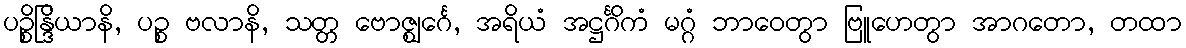
ပဉ္စိန္ဒြိယာနိ, ပဉ္စ ဗလာနိ, သတ္တ ဗောဇ္ဈင်္ဂေ, အရိယံ အဋ္ဌင်္ဂိကံ မဂ္ဂံ ဘာဝေတွာ ဗြူဟေတွာ အာဂတော, တထာ